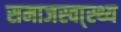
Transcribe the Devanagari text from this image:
समाजस्वा्स्थ्य